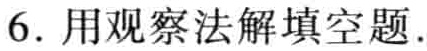
6. 用观察法解填空题.